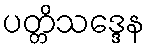
ပတ္တိသဒ္ဒေန